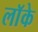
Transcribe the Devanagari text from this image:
लाॅके